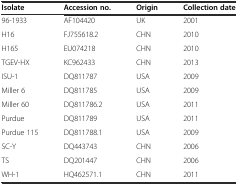
| Isolate | Accession no. | Origin | Collection date |
 | --- | --- | --- | --- |
 | 96-1933 | AF104420 | UK | 2001 |
 | H16 | FJ755618.2 | CHN | 2010 |
 | H165 | EU074218 | CHN | 2010 |
 | TGEV-HX | KC962433 | CHN | 2013 |
 | ISU-1 | DQ811787 | USA | 2009 |
 | Miller 6 | DQ811785 | USA | 2009 |
 | Miller 60 | DQ811786.2 | USA | 2011 |
 | Purdue | DQ811789 | USA | 2011 |
 | Purdue 115 | DQ811788.1 | USA | 2009 |
 | SC-Y | DQ443743 | CHN | 2006 |
 | TS | DQ201447 | CHN | 2006 |
 | WH-1 | HQ462571.1 | CHN | 2011 |